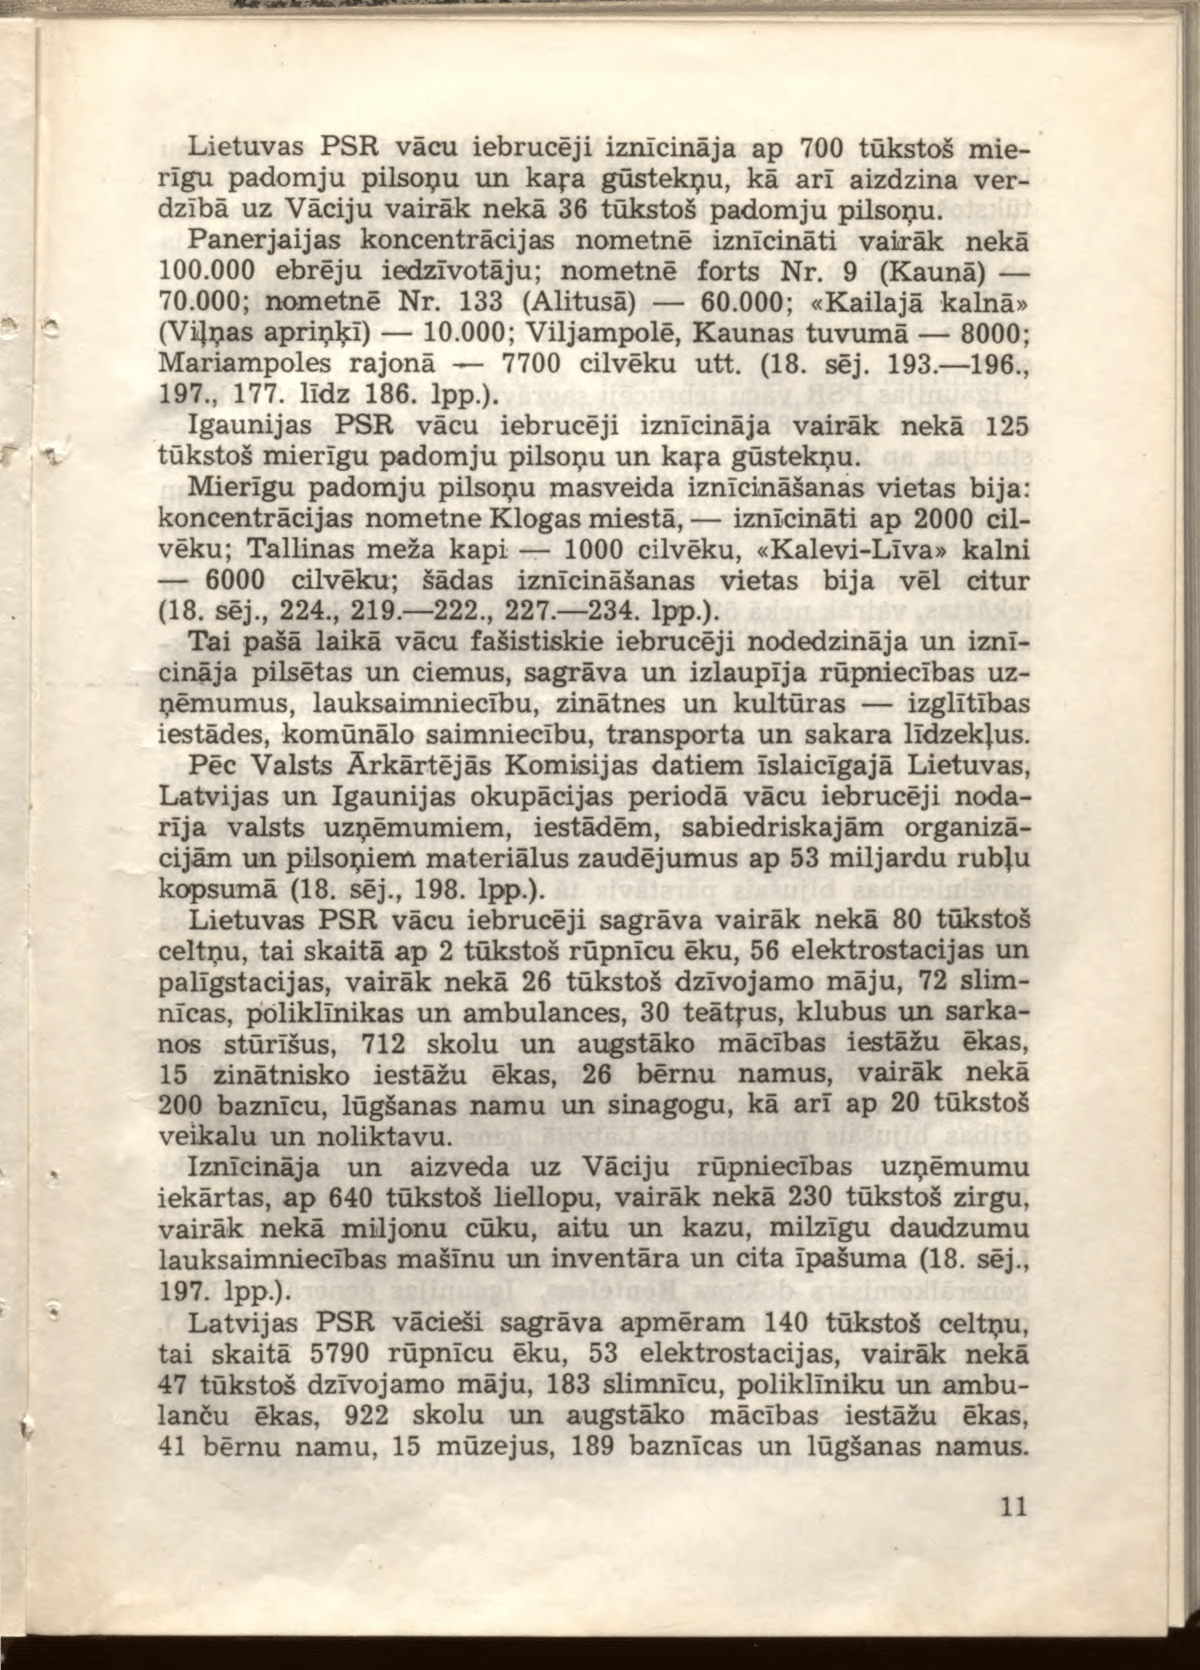
Language: lv